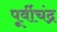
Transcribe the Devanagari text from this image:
पूर्वीचंद्र